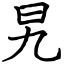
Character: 旯